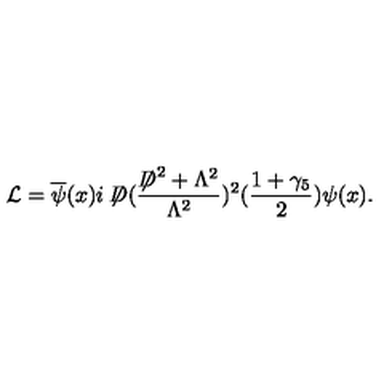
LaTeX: { \cal L } = \overline { { \psi } } ( x ) i \not { \! \! D } ( \frac { \not { \! \! D } ^ { 2 } + \Lambda ^ { 2 } } { \Lambda ^ { 2 } } ) ^ { 2 } ( \frac { 1 + \gamma _ { 5 } } { 2 } ) \psi ( x ) .